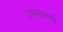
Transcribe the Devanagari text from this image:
उपनयनाची